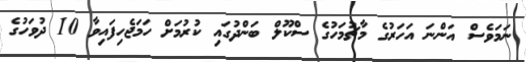
ނަމަވެސް އަންނަ އަހަރުގެ މާޗުމަހުގެ ސްކޫލް ބަންދުގައި ކުރުމަށް ހަމަޖެހިފައިވާ 10 ދުވަހުގެ